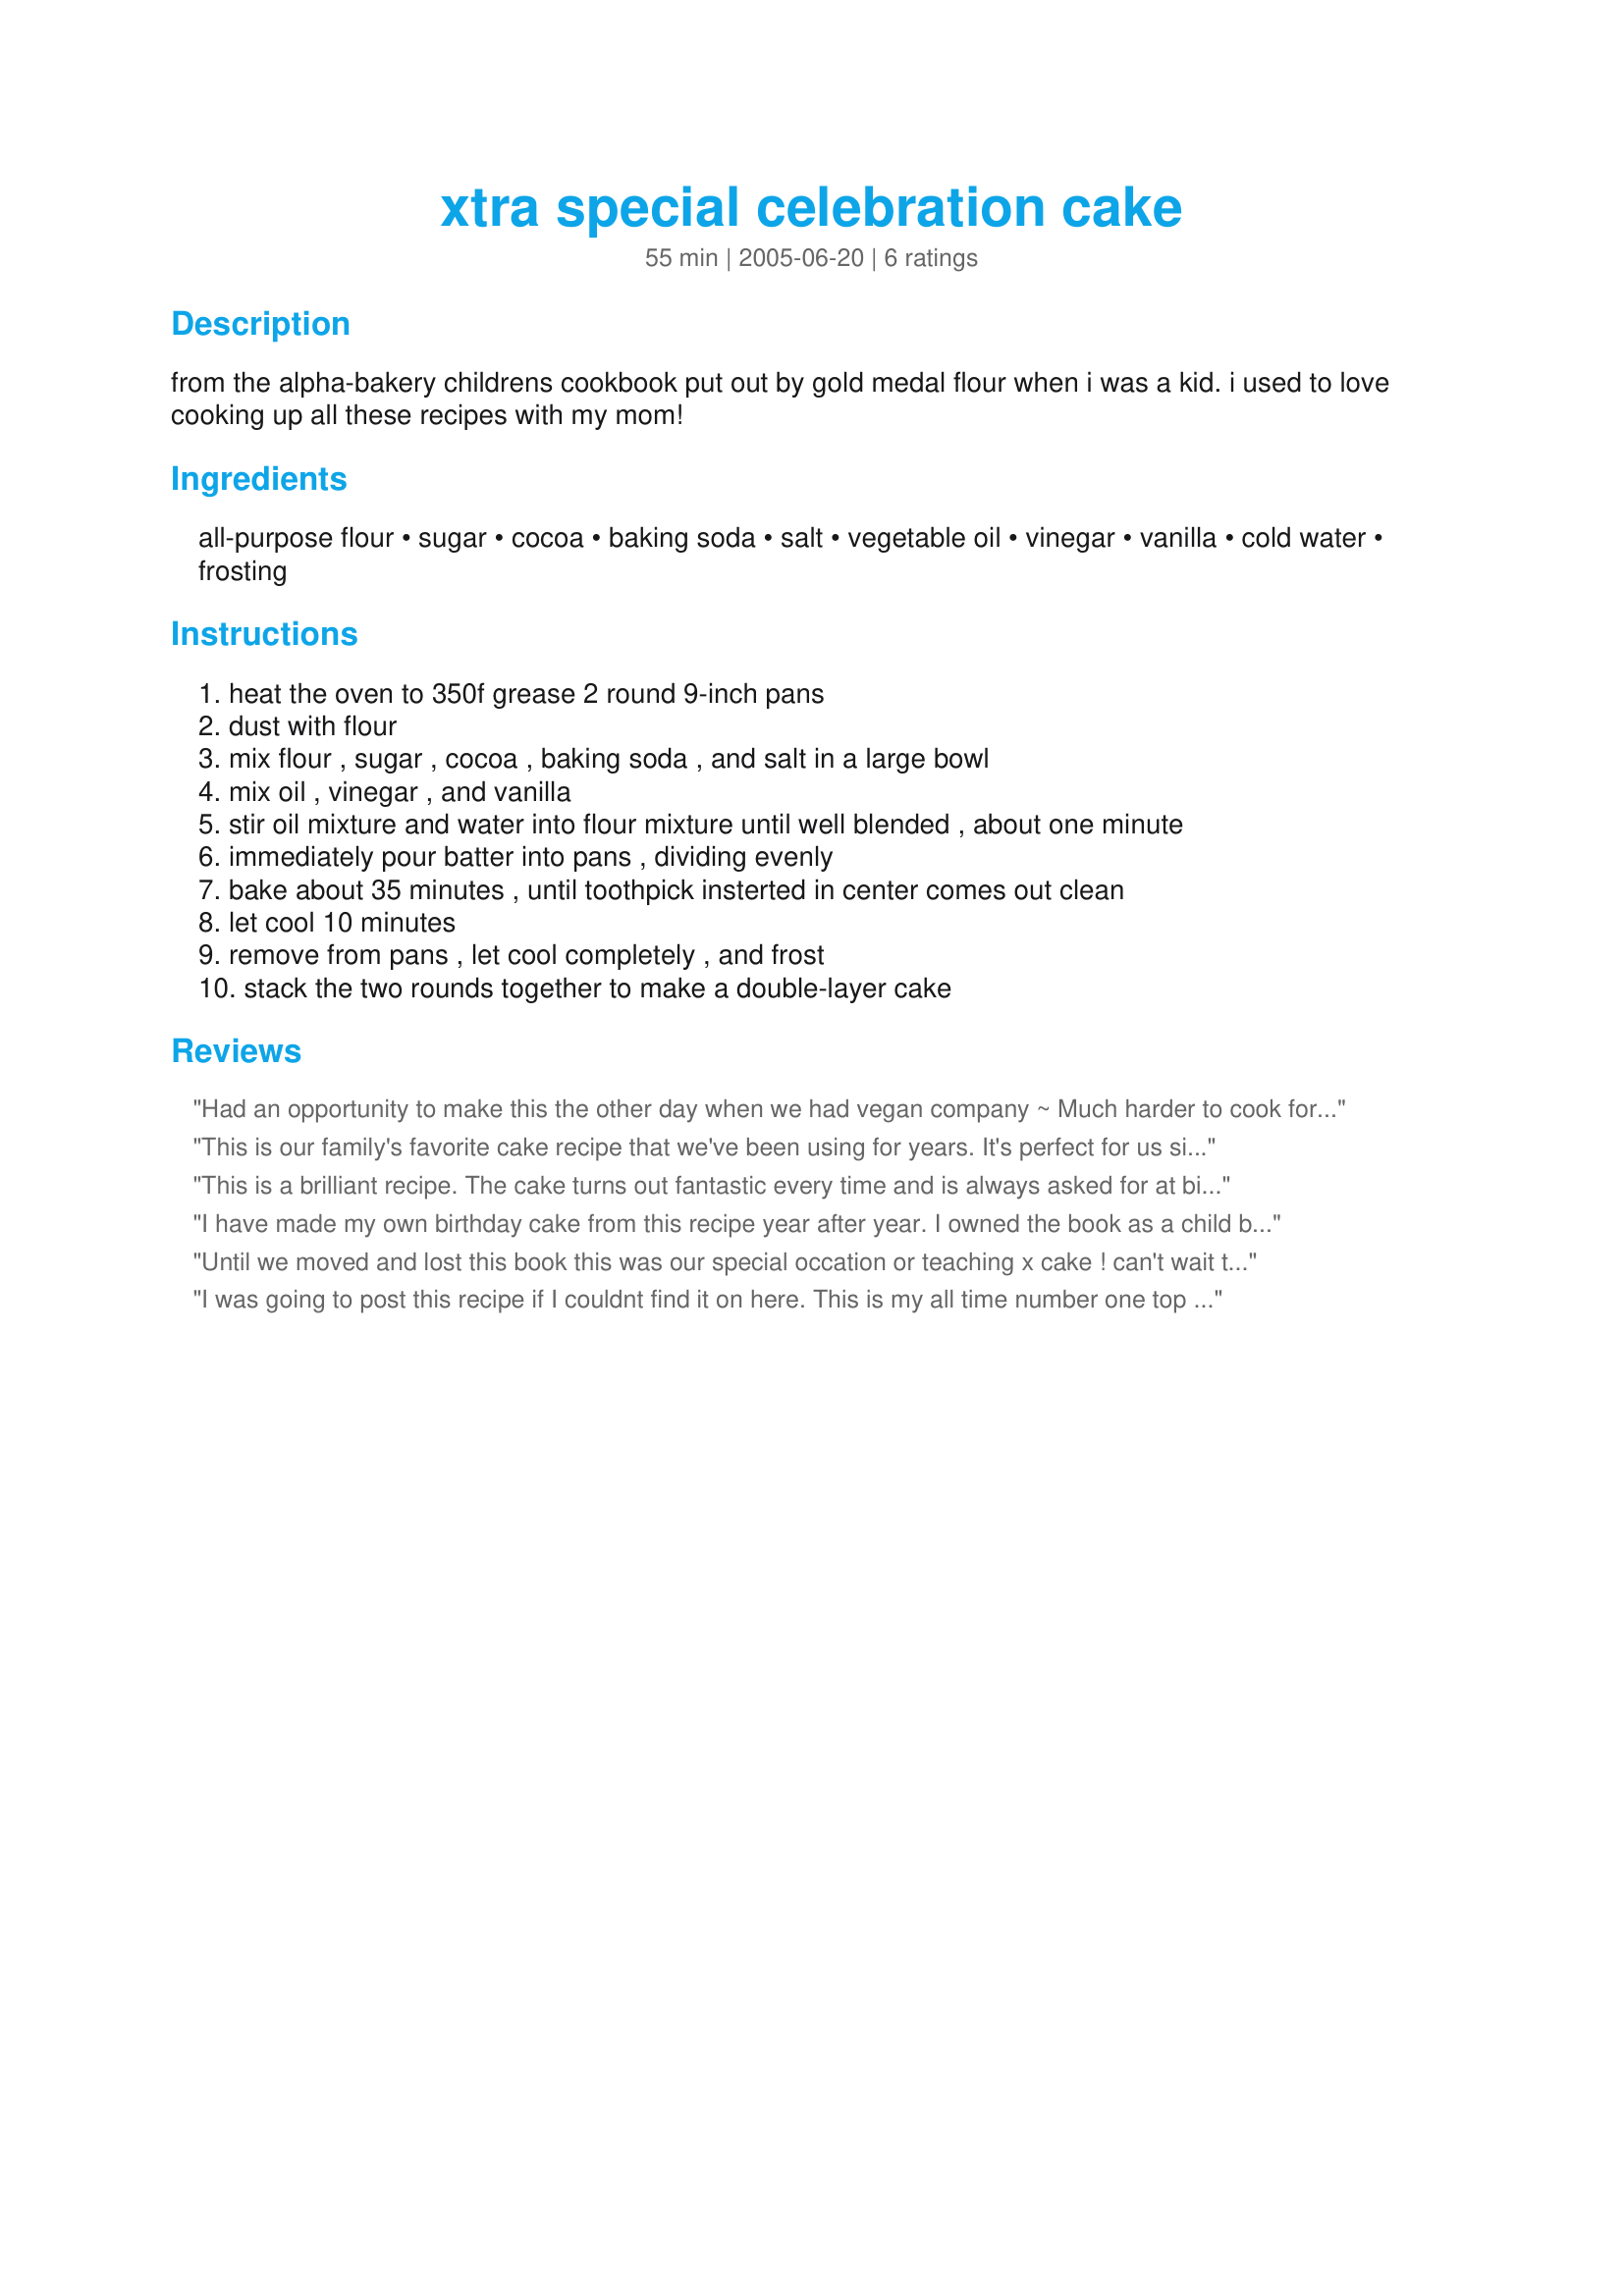
xtra special celebration cake
Preparation time: 55 minutes

from the alpha-bakery childrens cookbook put out by gold medal flour when i was a kid. i used to love cooking up all these recipes with my mom!

Ingredients:
all-purpose flour, sugar, cocoa, baking soda, salt, vegetable oil, vinegar, vanilla, cold water, frosting

Steps:
heat the oven to 350f grease 2 round 9-inch pans
dust with flour
mix flour , sugar , cocoa , baking soda , and salt in a large bowl
mix oil , vinegar , and vanilla
stir oil mixture and water into flour mixture until well blended , about one minute
immediately pour batter into pans , dividing evenly
bake about 35 minutes , until toothpick insterted in center comes out clean
let cool 10 minutes
remove from pans , let cool completely , and frost
stack the two rounds together to make a double-layer cake

Reviews:
Had an opportunity to make this the other day when we had vegan company ~ Much harder to cook for, even though I try to work things out! This was great ~ Tasty & satisfying! Thanks for sharing the recipe! [Made & reviewed in Healthy Choices ABC tag]
This is our family's favorite cake recipe that we've been using for years. It's perfect for us since our daughter is allergic to dairy and eggs.
This is a brilliant recipe. The cake turns out fantastic every time and is always asked for at birthdays. My children are dairy intolerant, it was a a fabulous find!
I have made my own birthday cake from this recipe year after year. I owned the book as a child but forgot to take it with me to college. Thanks for posting it here. Every time I have made this, it turns out moist and delicious. It's so easy to make, plus it's vegan. I love fruit so I usually come up with some creative toppings like lemon frosting with fresh raspberries or blueberries.
Until we moved and lost this book this was our special occation or teaching x cake ! can't wait to get the book again.! Thanks for posting this. Cocoanutcream:D
 ps. even my vegan friend can eat it noeggs or milk.
I was going to post this recipe if I couldnt find it on here. This is my all time number one top favortie cake! I got that cook book when I was about 4 years old (LOL, and have been making it since. Love it!
